Annual administration report of the Civil Veterinary Department of India - 1899-1900
Year: 1899
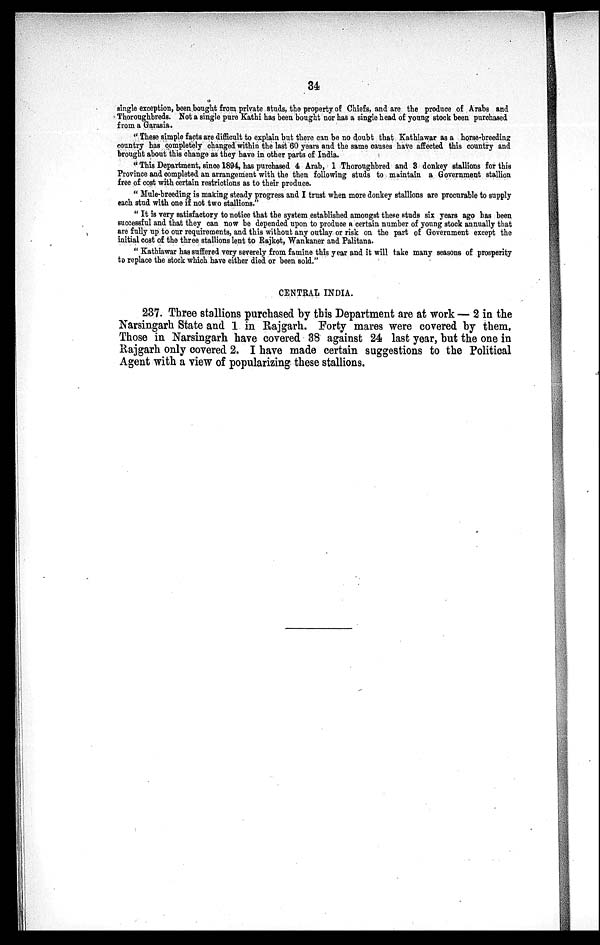
34
single exception, been bought from private studs, the property of Chiefs, and are the produce of Arabs and
Thoroughbreds. Not a single pure Kathi has been bought nor has a single head of young stock been purchased
from a Garasia.
"These simple facts are difficult to explain but there can be no doubt that Kathiawar as a horse-breeding
country has completely changed within the last 60 years and the same causes have affected this country and
brought about this change as they have in other parts of India.
"This Department, since 1894, has purchased 4 Arab, 1 Thoroughbred and 3 donkey stallions for this
Province and completed an arrangement with the then following studs to maintain a Government stallion
free of cost with certain restrictions as to their produce.
"Mule-breeding is making steady progress and I trust when more donkey stallions are procurable to supply
each stud with one if not two stallions."
" It is very satisfactory to notice that the system established amongst these studs six years ago has been
successful and that they can now be depended upon to produce a certain number of young stock annually that
are fully up to our requirements, and this without any outlay or risk on the part of Government except the
initial cost of the three stallions lent to Rajkot, Wankaner and Palitana.
"Kathiawar has suffered very severely from famine this year and it will take many seasons of prosperity
to replace the stock which have either died or been sold."
CENTRAL INDIA.
237. Three stallions purchased by this Department are at work — 2 in the
Narsingarh State and 1 in Rajgarh. Forty mares were covered by them.
Those in Narsingarh have covered 38 against 24 last year, but the one in
Rajgarh only covered 2. I have made certain suggestions to the Political
Agent with a view of popularizing these stallions.